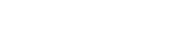
٣٢